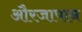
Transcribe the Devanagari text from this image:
औरजापान